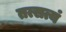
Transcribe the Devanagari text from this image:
तत्सत्यं